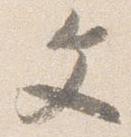
文